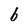
Character: b